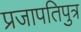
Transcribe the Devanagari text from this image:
प्रजापतिपुत्र